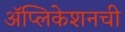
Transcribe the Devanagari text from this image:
अॅप्लिकेशनची